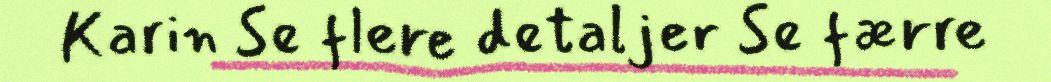
Karin Se flere detaljer Se færre